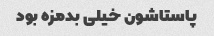
پاستاشون خیلی بدمزه بود